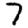
Digit: 7